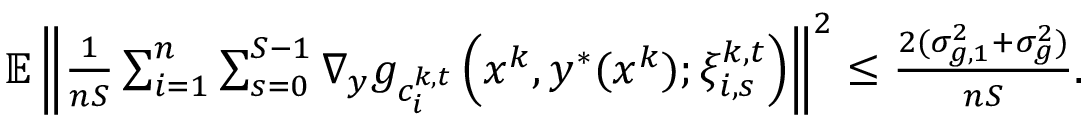
\begin{array} { r l } & { \mathbb { E } \left\| \frac { 1 } { n S } \sum _ { i = 1 } ^ { n } \sum _ { s = 0 } ^ { S - 1 } \nabla _ { y } g _ { c _ { i } ^ { k , t } } \left( x ^ { k } , y ^ { * } ( x ^ { k } ) ; \xi _ { i , s } ^ { k , t } \right) \right\| ^ { 2 } \leq \frac { 2 ( \sigma _ { g , 1 } ^ { 2 } + \sigma _ { g } ^ { 2 } ) } { n S } . } \end{array}